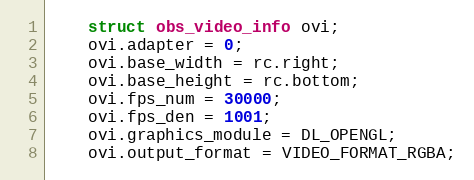
Language: C++
	struct obs_video_info ovi;
	ovi.adapter = 0;
	ovi.base_width = rc.right;
	ovi.base_height = rc.bottom;
	ovi.fps_num = 30000;
	ovi.fps_den = 1001;
	ovi.graphics_module = DL_OPENGL;
	ovi.output_format = VIDEO_FORMAT_RGBA;